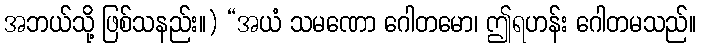
အဘယ်သို့ ဖြစ်သနည်း။) “အယံ သမဏော ဂေါတမော၊ ဤရဟန်း ဂေါတမသည်။